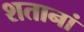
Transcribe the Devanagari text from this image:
शतानां